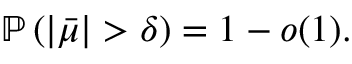
\mathbb { P } \left( | \bar { \mu } | > \delta \right) = 1 - o ( 1 ) .